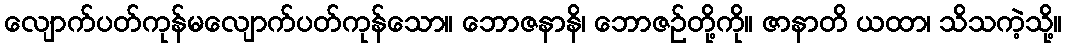
လျောက်ပတ်ကုန်မလျောက်ပတ်ကုန်သော။ ဘောဇနာနိ၊ ဘောဇဉ်တို့ကို။ ဇာနာတိ ယထာ၊ သိသကဲ့သို့။